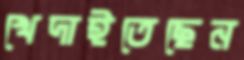
খেদাইতেছেন